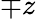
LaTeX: \mp z